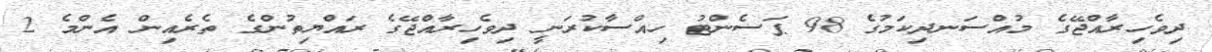
ދިވެހިރާއްޖޭގެ މުއްސަނދިކަމުގެ 98 ޕަސެންޓު ހިއްސާކުރަނީ ދިވެހިރާއްޖޭގެ ރައްޔިތުންގެ ތެރެއިން އެންމެ 2